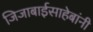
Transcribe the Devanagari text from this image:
जिजाबाईसाहेबांनी